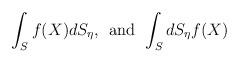
LaTeX: \begin{align*}\int_{S} f(X) dS_{\eta},\;\,\mbox{and}\,\;\int_{S} dS_{\eta} f(X)\end{align*}